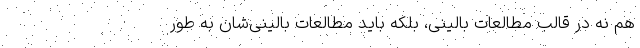
هم نه در قالب مطالعات بالینی، بلکه باید مطالعات بالینی‌شان به طور